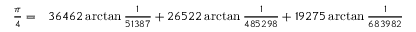
\begin{array} { r l } { { \frac { \pi } { 4 } } = } & { { } 3 6 4 6 2 \arctan { \frac { 1 } { 5 1 3 8 7 } } + 2 6 5 2 2 \arctan { \frac { 1 } { 4 8 5 2 9 8 } } + 1 9 2 7 5 \arctan { \frac { 1 } { 6 8 3 9 8 2 } } } \end{array}